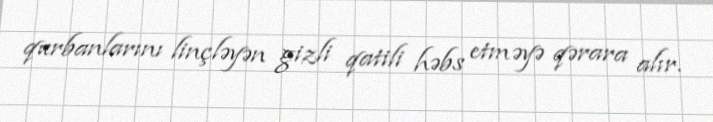
qurbanlarını linçləyən gizli qatili həbs etməyə qərara alır.